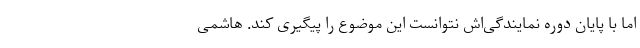
اما با پایان دوره نمایندگی‌اش نتوانست این موضوع را پیگیری کند. هاشمی